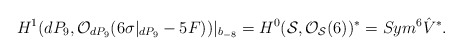
\begin{align*}H^{1}(dP_9, {\cal O}_{dP_9}(6 \sigma|_{dP_9} - 5F))|_{b_{-8}}= H^{0}({\cal S}, {\cal O}_{{\cal S}}(6))^{*} =Sym^{6}\hat{V}^{*}.\end{align*}